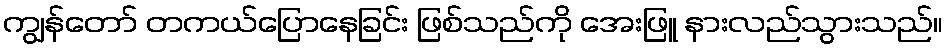
ကျွန်တော် တကယ်ပြောနေခြင်း ဖြစ်သည်ကို အေးဖြူ နားလည်သွားသည်။